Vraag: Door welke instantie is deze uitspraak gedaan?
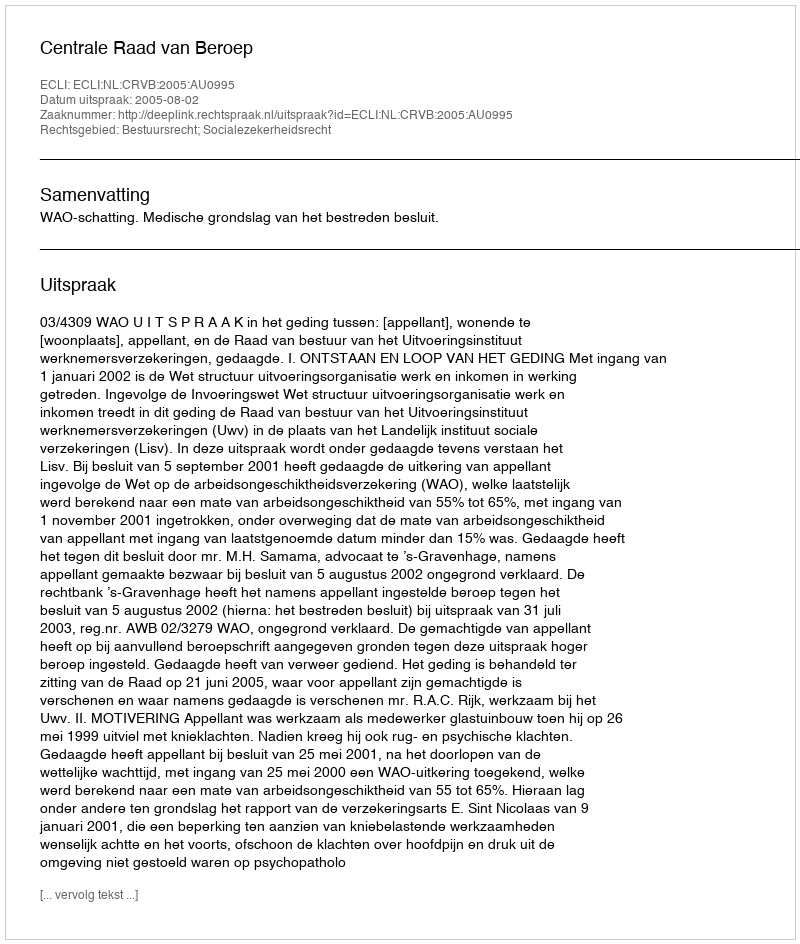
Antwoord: Centrale Raad van Beroep